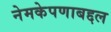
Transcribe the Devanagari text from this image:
नेमकेपणाबद्दल